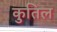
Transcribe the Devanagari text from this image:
कुतिल